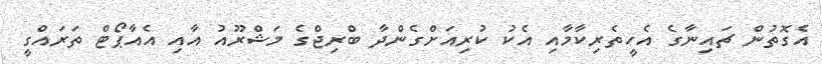
އެގޮތުން ޗައިނާގެ އެހީތެރިކާމާއި އެކު ކުރިއަށްގެންދާ ބްރިޖްގެ މަޝްރޫއު އާއި އެއާޕޯޓް ތަރައްގީ